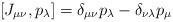
LaTeX: \begin{align*}[J_{\mu \nu}, p_{\lambda}] = \delta_{\mu \nu} p_{\lambda} - \delta_{\nu \lambda} p_{\mu}\end{align*}